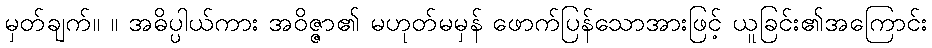
မှတ်ချက်။ ။ အဓိပ္ပါယ်ကား အဝိဇ္ဇာ၏ မဟုတ်မမှန် ဖောက်ပြန်သောအားဖြင့် ယူခြင်း၏အကြောင်း